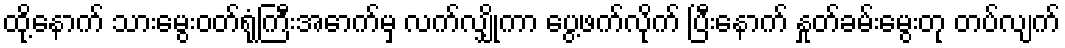
ထို့နောက် သားမွေးဝတ်ရုံကြီးအောက်မှ လက်လျှိုကာ ပွေ့ဖက်လိုက် ပြီးနောက် နှုတ်ခမ်းမွေးတု တပ်လျက်